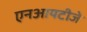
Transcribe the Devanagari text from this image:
एनआयटीजे